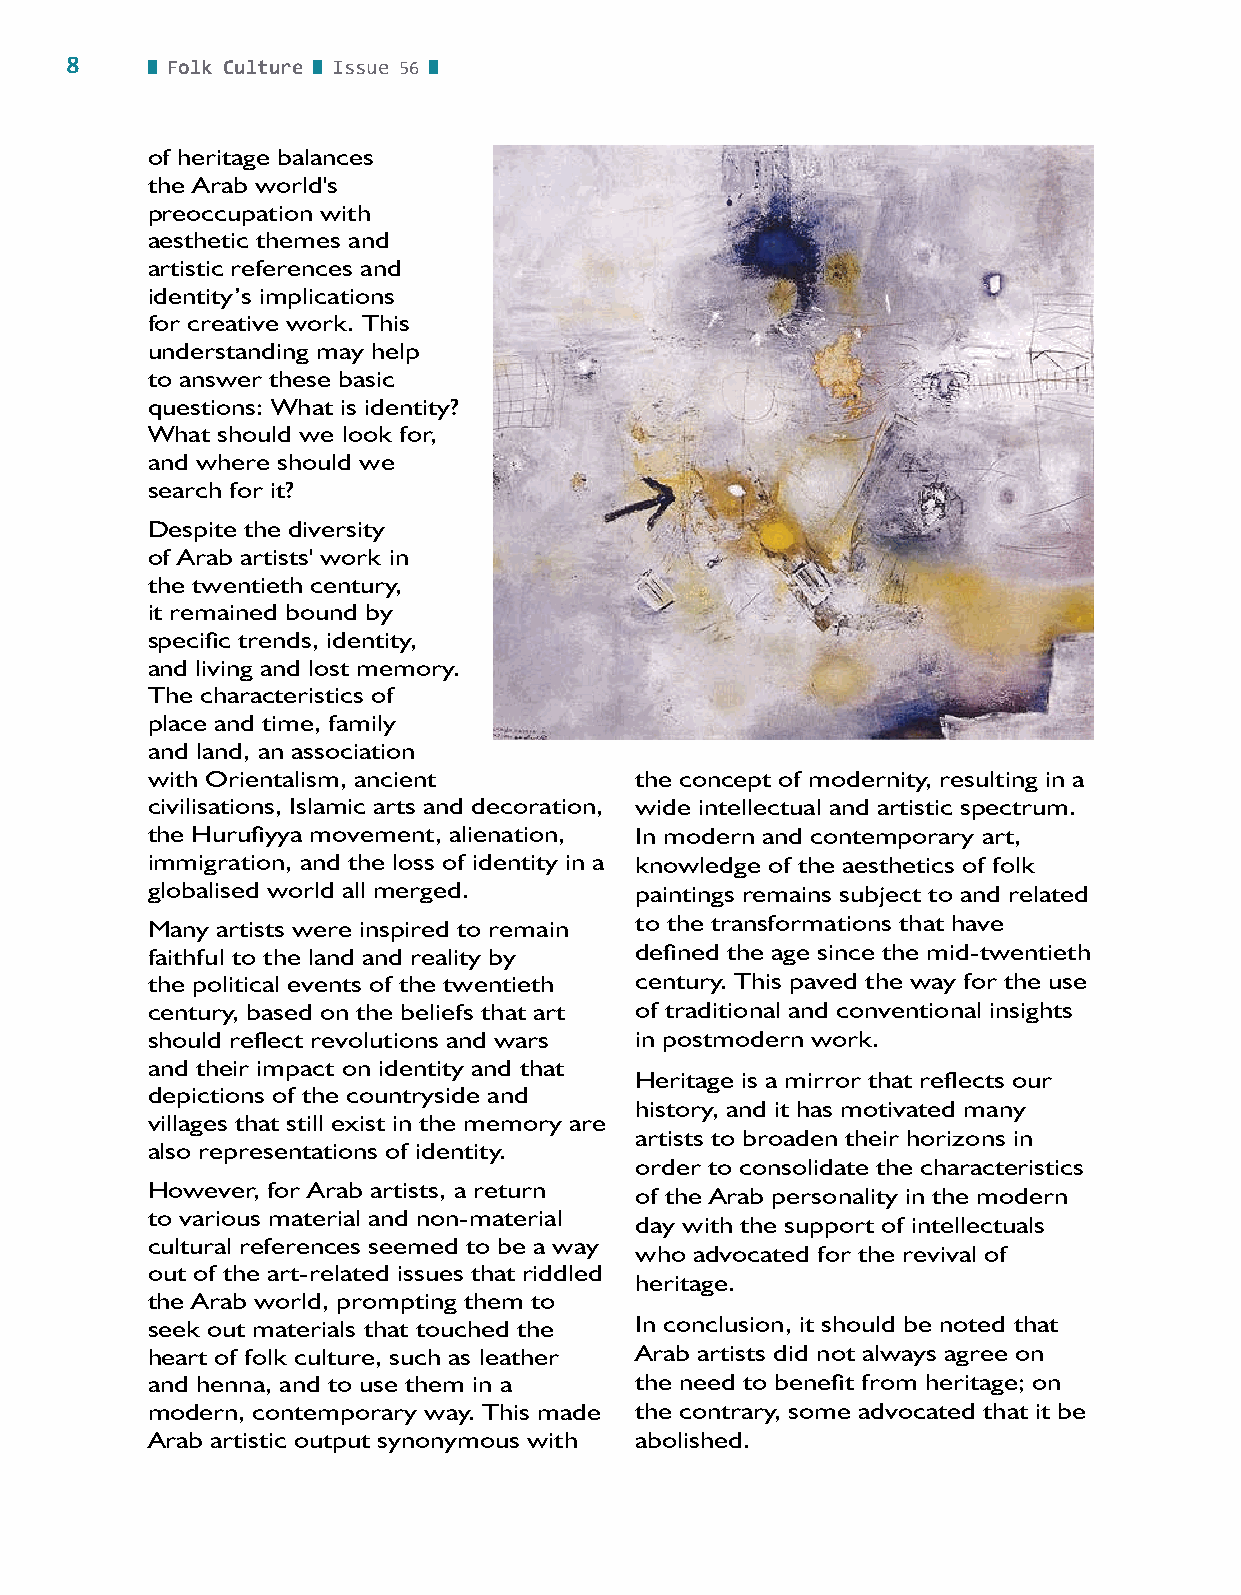
8      Folk Culture Issue 56
 of heritage balances
 the Arab world's
 preoccupation with
 aesthetic themes and
 artistic references and
 identity’s implications
 for creative work. This
 understanding may help
 to answer these basic
 questions: What is identity?
 What should we look for,
 and where should we
 search for it?
 Despite the diversity
 of Arab artists' work in
 the twentieth century,
 it remained bound by
 specific trends, identity,
 and living and lost memory.
 The characteristics of
 place and time, family
 and land, an association
 with Orientalism, ancient       the concept of modernity, resulting in a
 civilisations, Islamic arts and decoration, wide intellectual and artistic spectrum.
 the Hurufiyya movement, alienation, In modern and contemporary art,
 immigration, and the loss of identity in a knowledge of the aesthetics of folk
 globalised world all merged.    paintings remains subject to and related
 Many artists were inspired to remain to the transformations that have
 faithful to the land and reality by defined the age since the mid-twentieth
 the political events of the twentieth century. This paved the way for the use
 century, based on the beliefs that art of traditional and conventional insights
 should reflect revolutions and wars in postmodern work.
 and their impact on identity and that
 Heritage is a mirror that reflects our
 depictions of the countryside and
 history, and it has motivated many
 villages that still exist in the memory are
 artists to broaden their horizons in
 also representations of identity.
 order to consolidate the characteristics
 However, for Arab artists, a return of the Arab personality in the modern
 to various material and non-material
 day with the support of intellectuals
 cultural references seemed to be a way
 who advocated for the revival of
 out of the art-related issues that riddled
 heritage.
 the Arab world, prompting them to
 seek out materials that touched the In conclusion, it should be noted that
 heart of folk culture, such as leather Arab artists did not always agree on
 and henna, and to use them in a the need to benefit from heritage; on
 modern, contemporary way. This made the contrary, some advocated that it be
 Arab artistic output synonymous with abolished.